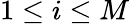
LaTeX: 1\leq i\leq M